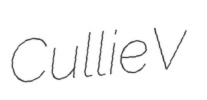
Cullie V